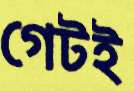
গেটই